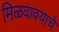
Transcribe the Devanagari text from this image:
मिळवावयाचे